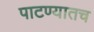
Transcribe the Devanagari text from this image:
पाटण्यातच